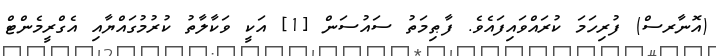
(އޮނާރސް) ފުރިހަމަ ކުރައްވައިފައެވެ. ފާޠިމަތު ސައުސަން [1] އަކީ ވަކާލާތު ކުރުމުގައްޔާއި އެގްރީމެންޓް